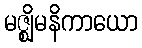
မဇ္ဈိမနိကာယော